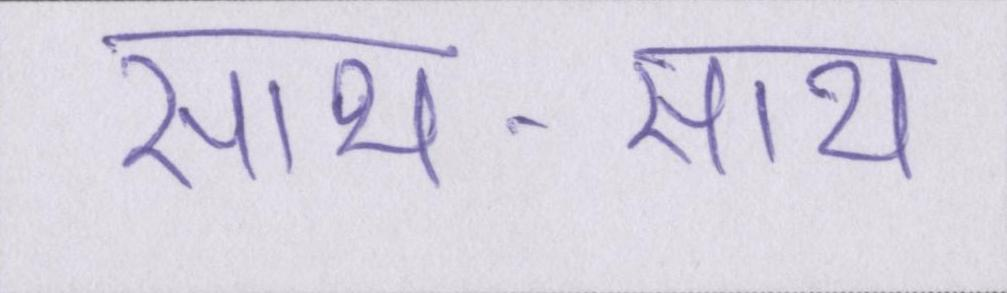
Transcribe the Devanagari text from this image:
साथ-साथ